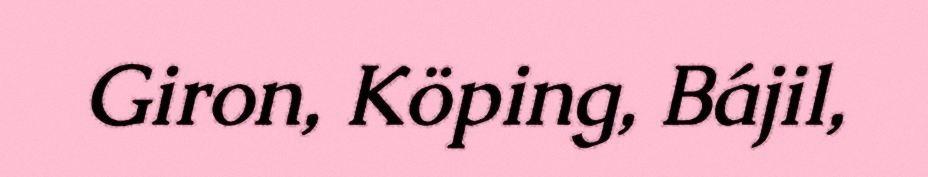
Giron, Köping, Bájil,